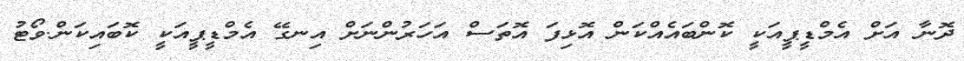
ދޮނާ އަށް އެމްޑީޕީއަކީ ކޮންބައެއްކަން އޮޅިފަ އޮތަސް އަހަރުންނަށް އިނގޭ އެމްޑީޕީއަކީ ކޮބައިކަން.ވޯޓު